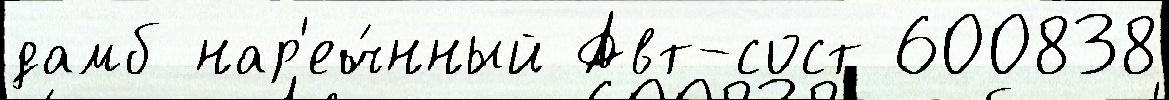
дамб нар'еч́нный Авт-сост 600838